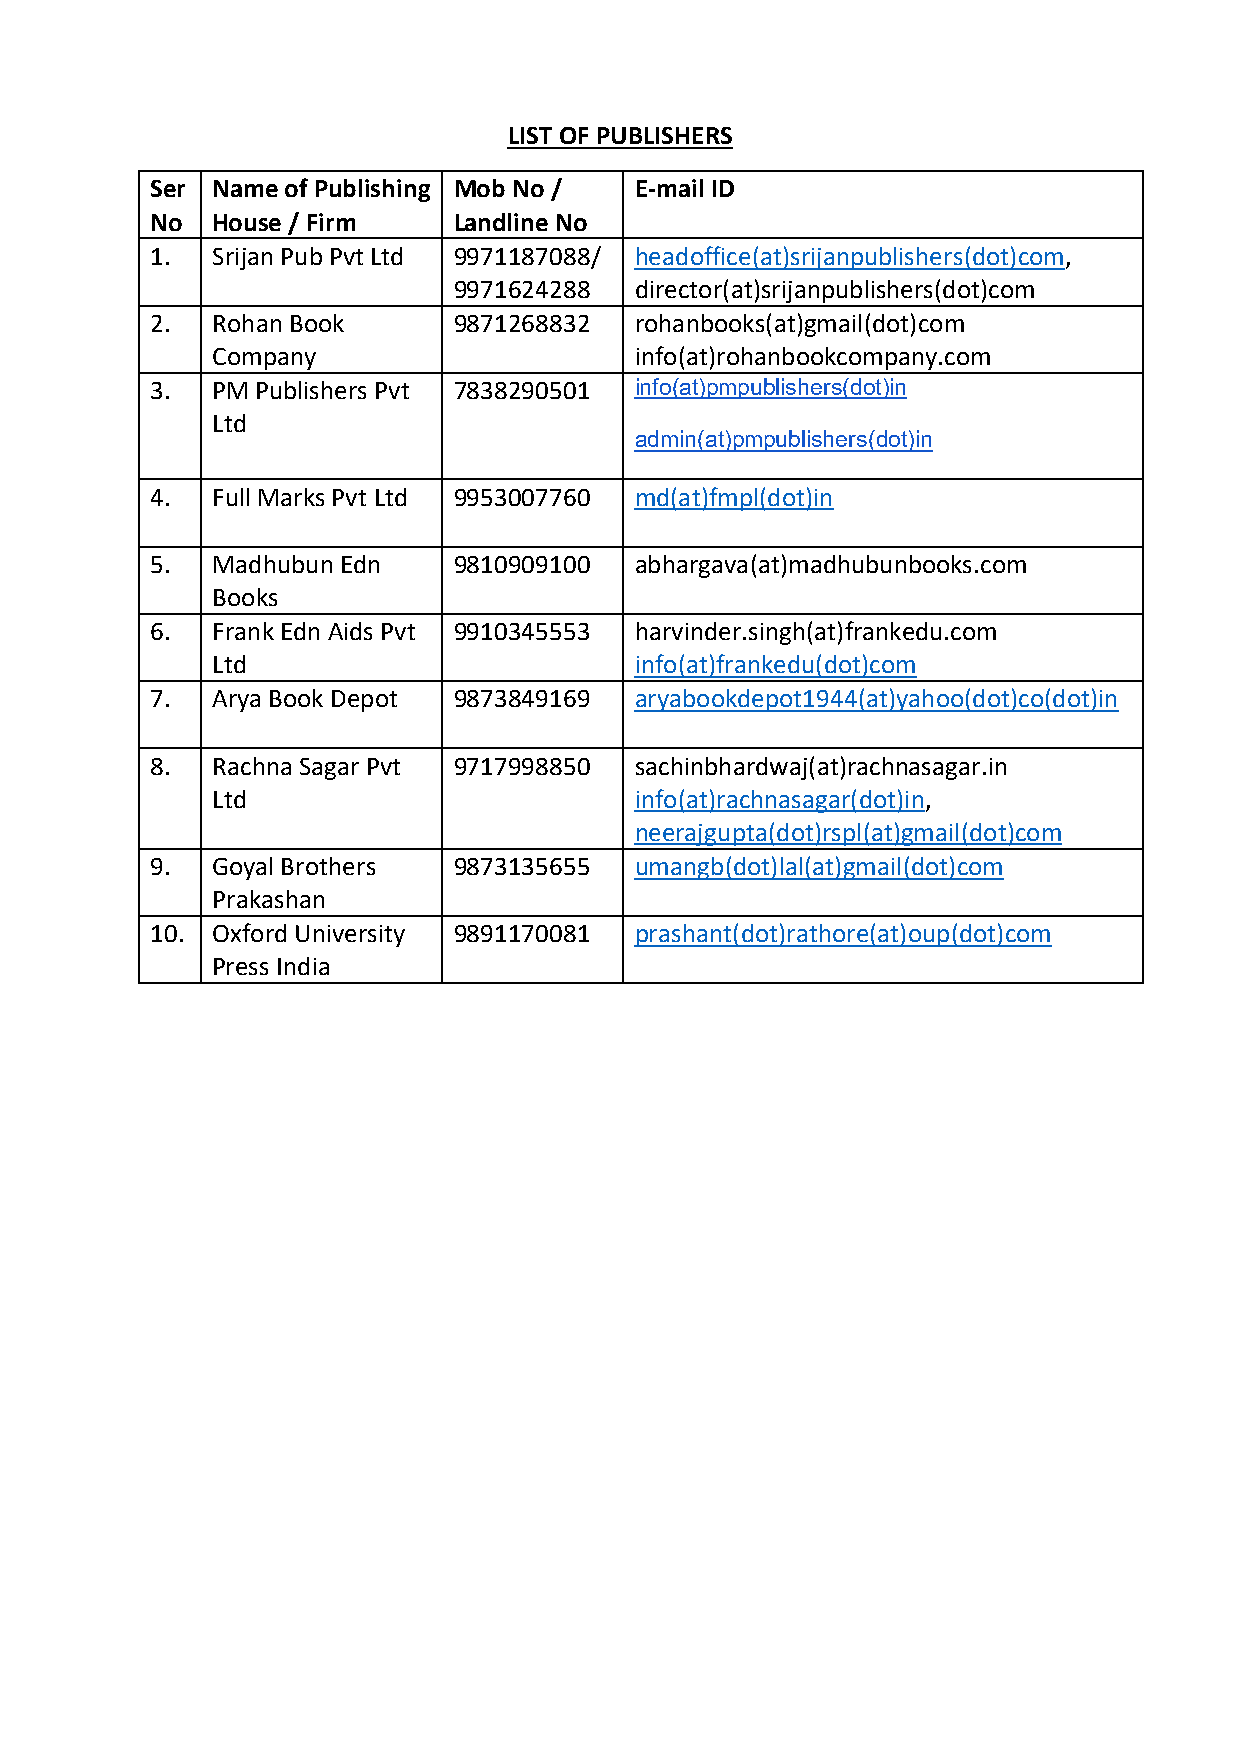
LIST OF PUBLISHERS
 Ser Name of Publishing Mob No / E-mail ID
 No  House / Firm    Landline No
 1.  Srijan Pub Pvt Ltd 9971187088/ headoffice(at)srijanpublishers(dot)com,
 9971624288  director(at)srijanpublishers(dot)com
 2.  Rohan Book      9871268832  rohanbooks(at)gmail(dot)com
 Company                     info(at)rohanbookcompany.com
 3.  PM Publishers Pvt 7838290501 info(at)pmpublishers(dot)in
 Ltd
 admin(at)pmpublishers(dot)in
 4.  Full Marks Pvt Ltd 9953007760 md(at)fmpl(dot)in
 5.  Madhubun Edn    9810909100  abhargava(at)madhubunbooks.com
 Books
 6.  Frank Edn Aids Pvt 9910345553 harvinder.singh(at)frankedu.com
 Ltd                         info(at)frankedu(dot)com
 7.  Arya Book Depot 9873849169  aryabookdepot1944(at)yahoo(dot)co(dot)in
 8.  Rachna Sagar Pvt 9717998850 sachinbhardwaj(at)rachnasagar.in
 Ltd                         info(at)rachnasagar(dot)in,
 neerajgupta(dot)rspl(at)gmail(dot)com
 9.  Goyal Brothers  9873135655  umangb(dot)lal(at)gmail(dot)com
 Prakashan
 10. Oxford University 9891170081 prashant(dot)rathore(at)oup(dot)com
 Press India